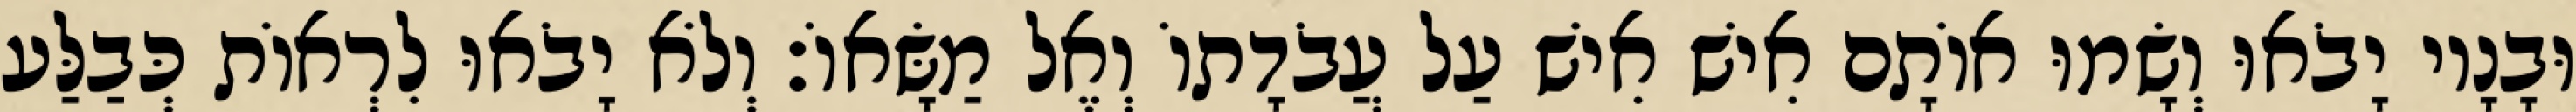
וּבָנָיו יָבֹאוּ וְשָׂמוּ אוֹתָם אִישׁ אִישׁ עַל עֲבֹדָתוֹ וְאֶל מַשָּׂאוֹ׃ וְלֹא יָבֹאוּ לִרְאוֹת כְּבַלַּע